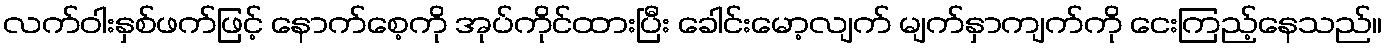
လက်ဝါးနှစ်ဖက်ဖြင့် နောက်စေ့ကို အုပ်ကိုင်ထားပြီး ခေါင်းမော့လျက် မျက်နှာကျက်ကို ငေးကြည့်နေသည်။